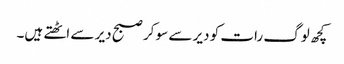
کچھ لوگ رات کو دیر سے سو کر صبح دیر سے اٹھتے ہیں۔